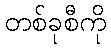
တစ်ခုစီကို